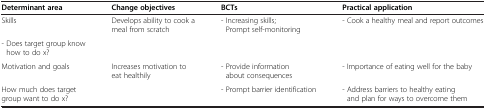
<table><thead><tr><td><b>Determinant area</b></td><td><b>Change objectives</b></td><td><b>BCTs</b></td><td><b>Practical application</b></td></tr></thead><tbody><tr><td>Skills</td><td>Develops ability to cook a meal from scratch</td><td>- Increasing skills; Prompt self-monitoring</td><td>- Cook a healthy meal and report outcomes</td></tr><tr><td>- Does target group know how to do x?</td><td> </td><td> </td><td> </td></tr><tr><td>Motivation and goals</td><td>Increases motivation to eat healthily</td><td>- Provide information about consequences</td><td>- Importance of eating well for the baby</td></tr><tr><td>How much does target group want to do x?</td><td> </td><td>- Prompt barrier identification</td><td>- Address barriers to healthy eating and plan for ways to overcome them</td></tr></tbody></table>